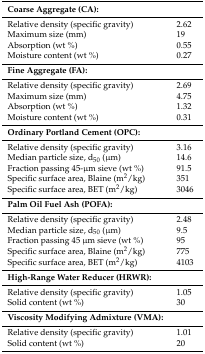
<table><thead><tr><td><b>Coarse Aggregate (CA):</b></td><td></td></tr></thead><tbody><tr><td>Relative density (specific gravity)</td><td>2.62</td></tr><tr><td>Maximum size (mm)</td><td>19</td></tr><tr><td>Absorption (wt %)</td><td>0.55</td></tr><tr><td>Moisture content (wt %)</td><td>0.27</td></tr><tr><td><b>Fine Aggregate (FA):</b></td><td></td></tr><tr><td>Relative density (specific gravity)</td><td>2.69</td></tr><tr><td>Maximum size (mm)</td><td>4.75</td></tr><tr><td>Absorption (wt %)</td><td>1.32</td></tr><tr><td>Moisture content (wt %)</td><td>0.31</td></tr><tr><td><b>Ordinary Portland Cement (OPC):</b></td><td></td></tr><tr><td>Relative density (specific gravity)</td><td>3.16</td></tr><tr><td>Median particle size, d<sub>50</sub> (μm)</td><td>14.6</td></tr><tr><td>Fraction passing 45-μm sieve (wt %)</td><td>91.5</td></tr><tr><td>Specific surface area, Blaine (m<sup>2</sup>/kg)</td><td>351</td></tr><tr><td>Specific surface area, BET (m<sup>2</sup>/kg)</td><td>3046</td></tr><tr><td><b>Palm Oil Fuel Ash (POFA):</b></td><td></td></tr><tr><td>Relative density (specific gravity)</td><td>2.48</td></tr><tr><td>Median particle size, d<sub>50</sub> (μm)</td><td>9.5</td></tr><tr><td>Fraction passing 45 μm sieve (wt %)</td><td>95</td></tr><tr><td>Specific surface area, Blaine (m<sup>2</sup>/kg)</td><td>775</td></tr><tr><td>Specific surface area, BET (m<sup>2</sup>/kg)</td><td>4103</td></tr><tr><td><b>High-Range Water Reducer (HRWR):</b></td><td></td></tr><tr><td>Relative density (specific gravity)</td><td>1.05</td></tr><tr><td>Solid content (wt %)</td><td>30</td></tr><tr><td><b>Viscosity Modifying Admixture (VMA):</b></td><td></td></tr><tr><td>Relative density (specific gravity)</td><td>1.01</td></tr><tr><td>Solid content (wt %)</td><td>20</td></tr></tbody></table>